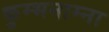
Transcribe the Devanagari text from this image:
कुम्भनाम्ना